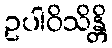
ဥပါဝိသိန္တိ